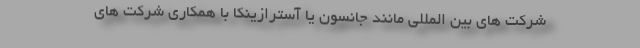
شرکت های بین المللی مانند جانسون یا آسترازینکا با همکاری شرکت های